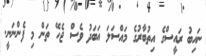
ނައިބު ރައީސްގެ އިތުބާރުގެ މައްސަލަ އަބަދު ވެސް ޖެހޭ ތަން މި ފެންނަނީ.